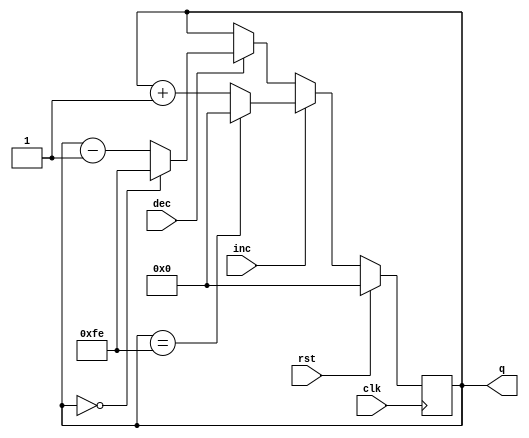
//==================================================================================================
//  Revision      : 
//  Company       : College of Information Science and Electronic Engineering, Zhejiang University
//
//  Description   : 
//
//
//==================================================================================================
module game_step_counter(clk,inc,dec,rst,q);
	parameter N=255,CounterBits=8;
	input clk,inc,dec,rst;
	output reg[CounterBits-1:0] q=0;
	always @(posedge clk) begin
		if(rst) begin
			q=0;		
		end
		else begin
			if(inc) begin
				if(q==N-1) begin
					q=0;
				end
				else begin
					q=q+1;
				end
			end
			else if(dec) begin
				if(q==0) begin
					q=N-1;
				end
				else begin
					q=q-1;
				end
			end
			else begin
				q=q;
			end
		end
	end
endmodule